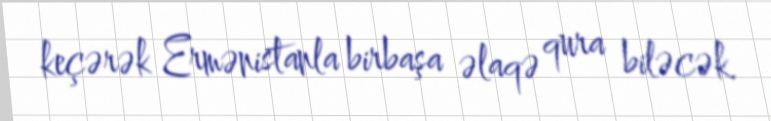
keçərək Ermənistanla birbaşa əlaqə qura biləcək.